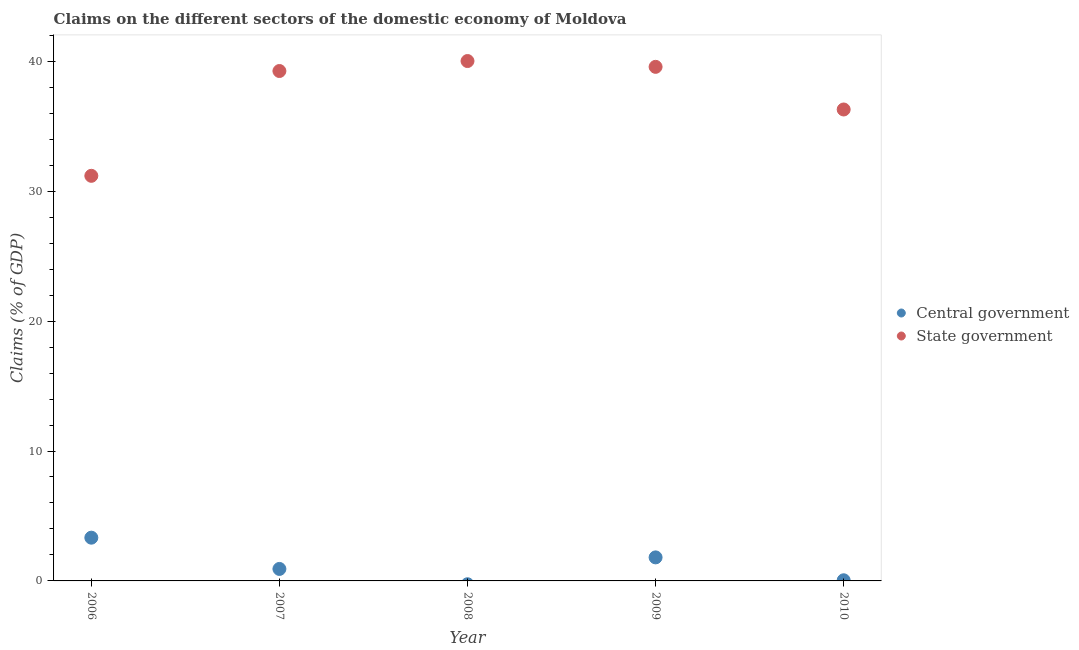
| Year | Central government | State government |
 | --- | --- | --- |
 | 2006 | 3.33 | 31.2 |
 | 2007 | 0.922 | 39.2 |
 | 2008 | -0.256 | 40 |
 | 2009 | 1.81 | 39.6 |
 | 2010 | 0.0493 | 36.3 |